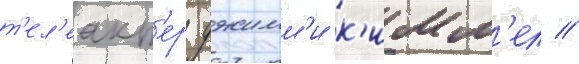
т'ел'еакт'ер джимм'и к'имм'ел //